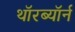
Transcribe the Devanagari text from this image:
थॉरब्यॉर्न